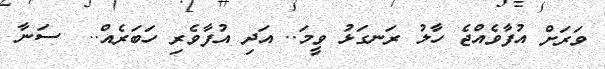
ވަރަށް އުފާވެއްޖެ ހާލު ރަނގަޅު ވީމަ.. އަދި އުފާވެރި ހަބަރެއް..  ސަނާ